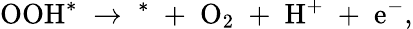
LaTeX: \mathrm{OOH^{*}\; \rightarrow\; ^{*}\; +\; O_{2}\; +\; H^{+}\; +\; e^{-}},